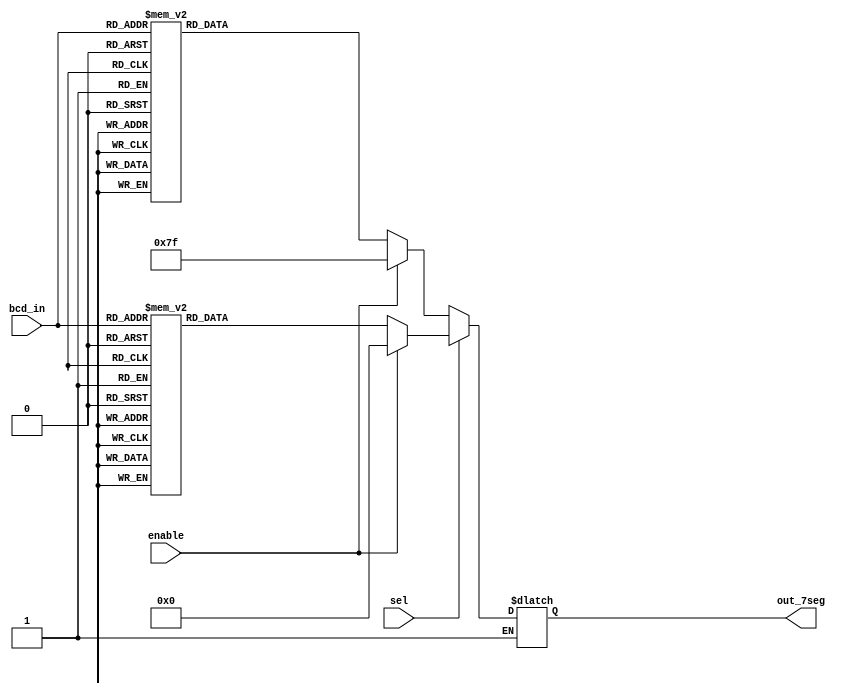
module decoder_led7(enable, sel, bcd_in, out_7seg);
input enable, sel;
input [3:0]bcd_in;
output reg [6:0]out_7seg;
always @(sel)
begin
if(sel) //Common Cathode 
begin
	if(enable) out_7seg = 7'b0000000;
	else case(bcd_in)
		4'b0000: out_7seg = 7'b1111110;
		4'b0001: out_7seg = 7'b0110000;
		4'b0010: out_7seg = 7'b1101101;
		4'b0011: out_7seg = 7'b1111001;
		4'b0100: out_7seg = 7'b0110011;
		4'b0101: out_7seg = 7'b1011011;
		4'b0110: out_7seg = 7'b1011111;
		4'b0111: out_7seg = 7'b1110000;
		4'b1000: out_7seg = 7'b1111111;
		4'b1001: out_7seg = 7'b1111011;
		default: out_7seg = 7'b1111110;
		endcase
	end
if(~sel) begin //Common Anode 
	if(enable) out_7seg = 7'b1111111;
	else case(bcd_in)
		4'b0000: out_7seg = 7'b0000001;
		4'b0001: out_7seg = 7'b1001111;
		4'b0010: out_7seg = 7'b0010010;
		4'b0011: out_7seg = 7'b0000110;
		4'b0100: out_7seg = 7'b1001100;
		4'b0101: out_7seg = 7'b0100100;
		4'b0110: out_7seg = 7'b0100000;
		4'b0111: out_7seg = 7'b0001111;
		4'b1000: out_7seg = 7'b0000000;
		4'b1001: out_7seg = 7'b0000100;
		default: out_7seg = 7'b0000001;
		endcase
	end
end
endmodule